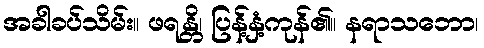
အခါခပ်သိမ်း။ ဖရန္တိ၊ ပြန့်နှံ့ကုန်၏။ နရာသဘော၊